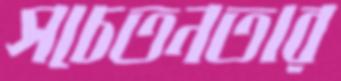
সচেতনতার